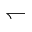
\leftharpoondown